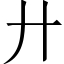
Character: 廾